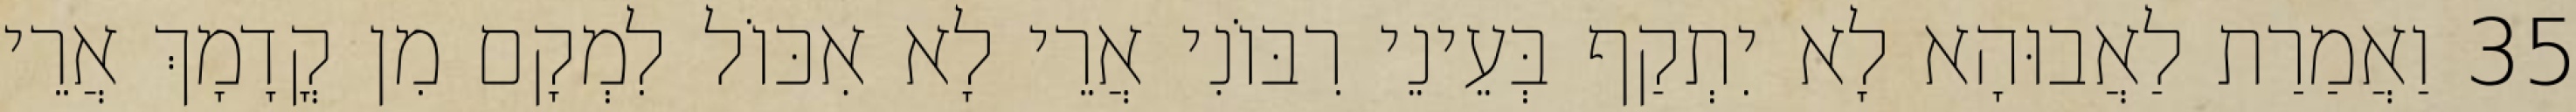
35 וַאֲמַרַת לַאֲבוּהָא לָא יִתְקַף בְּעֵינֵי רִבּוֹנִי אֲרֵי לָא אִכּוֹל לִמְקָם מִן קֳדָמָךְ אֲרֵי